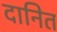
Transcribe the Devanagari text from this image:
दानित